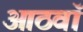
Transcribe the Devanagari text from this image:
आठवॉं